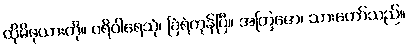
ထိုမိဖုယားကို။ ပရိဝါရေသုံ၊ ခြံရံကုန်ပြီ။ အတြဇော၊ သားတော်သည်။